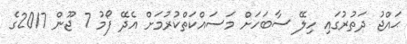
ޙައްޖު ދަތުރުގައި ހިލޭ ސާބަހަށް މަސައްކަތްކުރުމަށް އެދޭ ފޯމު 7 ޖޫން 2017ގެ